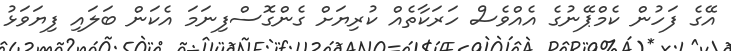
އޭގެ ފަހުން ކެމްޕޭނުގެ އެއްވެސް ހަރަކާތެއް ކުރިޔަށް ގެންގޮސްފިނަމަ އެކަން ބަލައި ފިޔަވަޅު